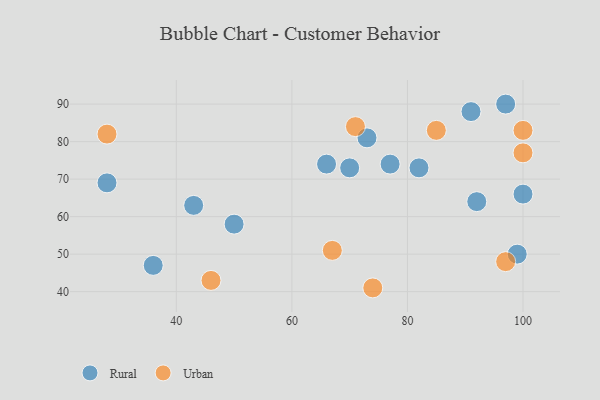
{"axis": {"x": "GDP", "y": "Life Expectancy"}, "legend": ["Rural", "Urban"], "data": [{"x": "43", "y": 63, "type": "Rural"}, {"x": "92", "y": 64, "type": "Rural"}, {"x": "28", "y": 69, "type": "Rural"}, {"x": "36", "y": 47, "type": "Rural"}, {"x": "82", "y": 73, "type": "Rural"}, {"x": "99", "y": 50, "type": "Rural"}, {"x": "97", "y": 90, "type": "Rural"}, {"x": "77", "y": 74, "type": "Rural"}, {"x": "91", "y": 88, "type": "Rural"}, {"x": "50", "y": 58, "type": "Rural"}, {"x": "73", "y": 81, "type": "Rural"}, {"x": "66", "y": 74, "type": "Rural"}, {"x": "70", "y": 73, "type": "Rural"}, {"x": "100", "y": 66, "type": "Rural"}, {"x": "28", "y": 82, "type": "Urban"}, {"x": "71", "y": 84, "type": "Urban"}, {"x": "97", "y": 48, "type": "Urban"}, {"x": "100", "y": 83, "type": "Urban"}, {"x": "46", "y": 43, "type": "Urban"}, {"x": "85", "y": 83, "type": "Urban"}, {"x": "67", "y": 51, "type": "Urban"}, {"x": "74", "y": 41, "type": "Urban"}, {"x": "100", "y": 77, "type": "Urban"}]}